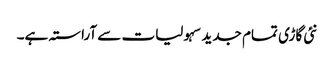
نئی گاڑی تمام جدید سہولیات سے آراستہ ہے۔